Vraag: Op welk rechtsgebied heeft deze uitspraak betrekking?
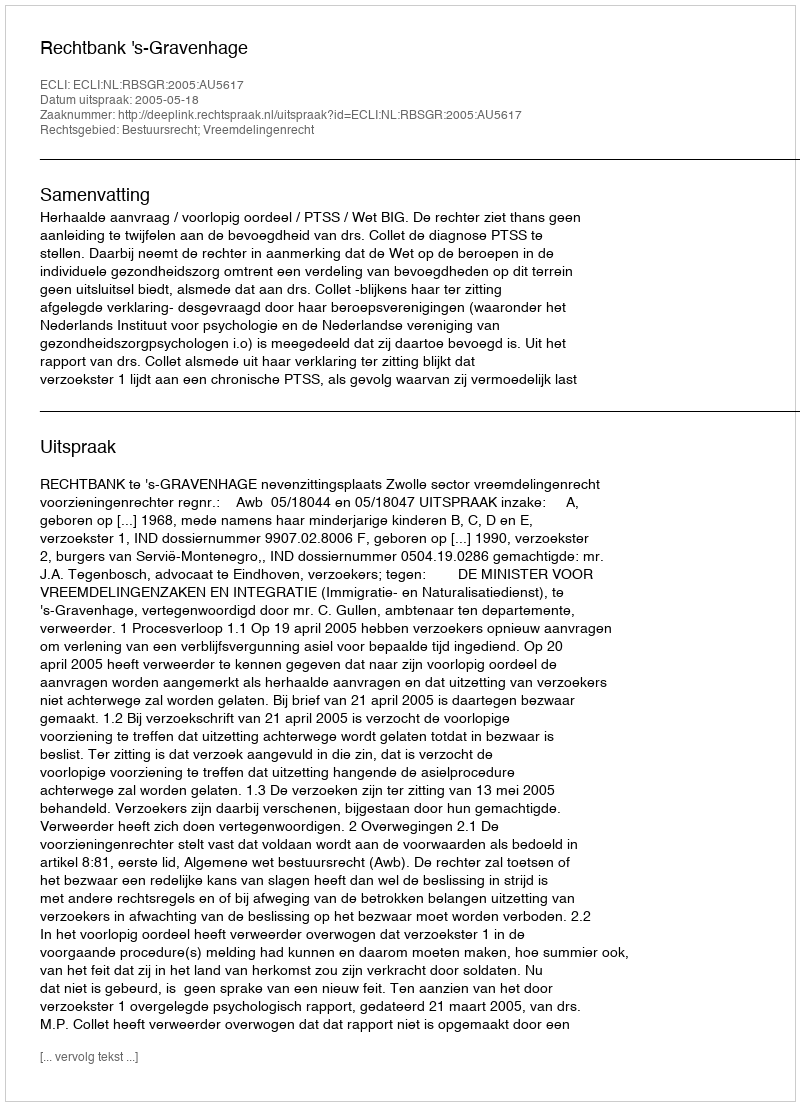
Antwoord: Bestuursrecht; Vreemdelingenrecht